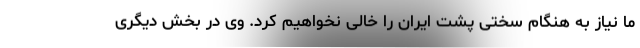
ما نیاز به هنگام سختی پشت ایران را خالی نخواهیم کرد. وی در بخش دیگری